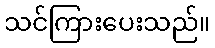
သင်ကြားပေးသည်။